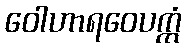
ဝေါဟာရဝေပက္ကံ